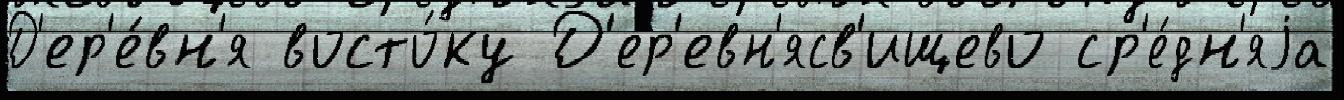
Д'ер'е́вн'я восто́ку Д'ер'евн'ясв'ищево ср'е́дн'яjа